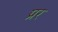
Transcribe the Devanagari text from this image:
प्रर